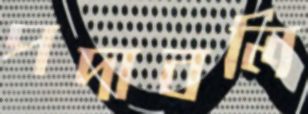
পদাবলি